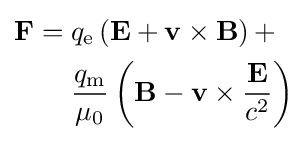
{\begin{aligned}\mathbf {F} ={}&q_{\mathrm {e} }\left(\mathbf {E} +\mathbf {v} \times \mathbf {B} \right)+\\&{\frac {q_{\mathrm {m} }}{\mu _{0}}}\left(\mathbf {B} -\mathbf {v} \times {\frac {\mathbf {E} }{c^{2}}}\right)\end{aligned}}